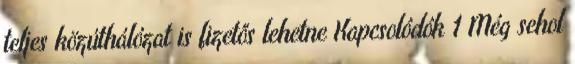
teljes közúthálózat is fizetős lehetne Kapcsolódók 1 Még sehol